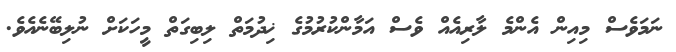
ނަމަވެސް މިއިން އެންމެ ލާރިއެއް ވެސް އަމާންކުރުމުގެ ޚިދުމަތް ލިބިގަތް މީހަކަށް ނުލިބޭނެއެވެ.